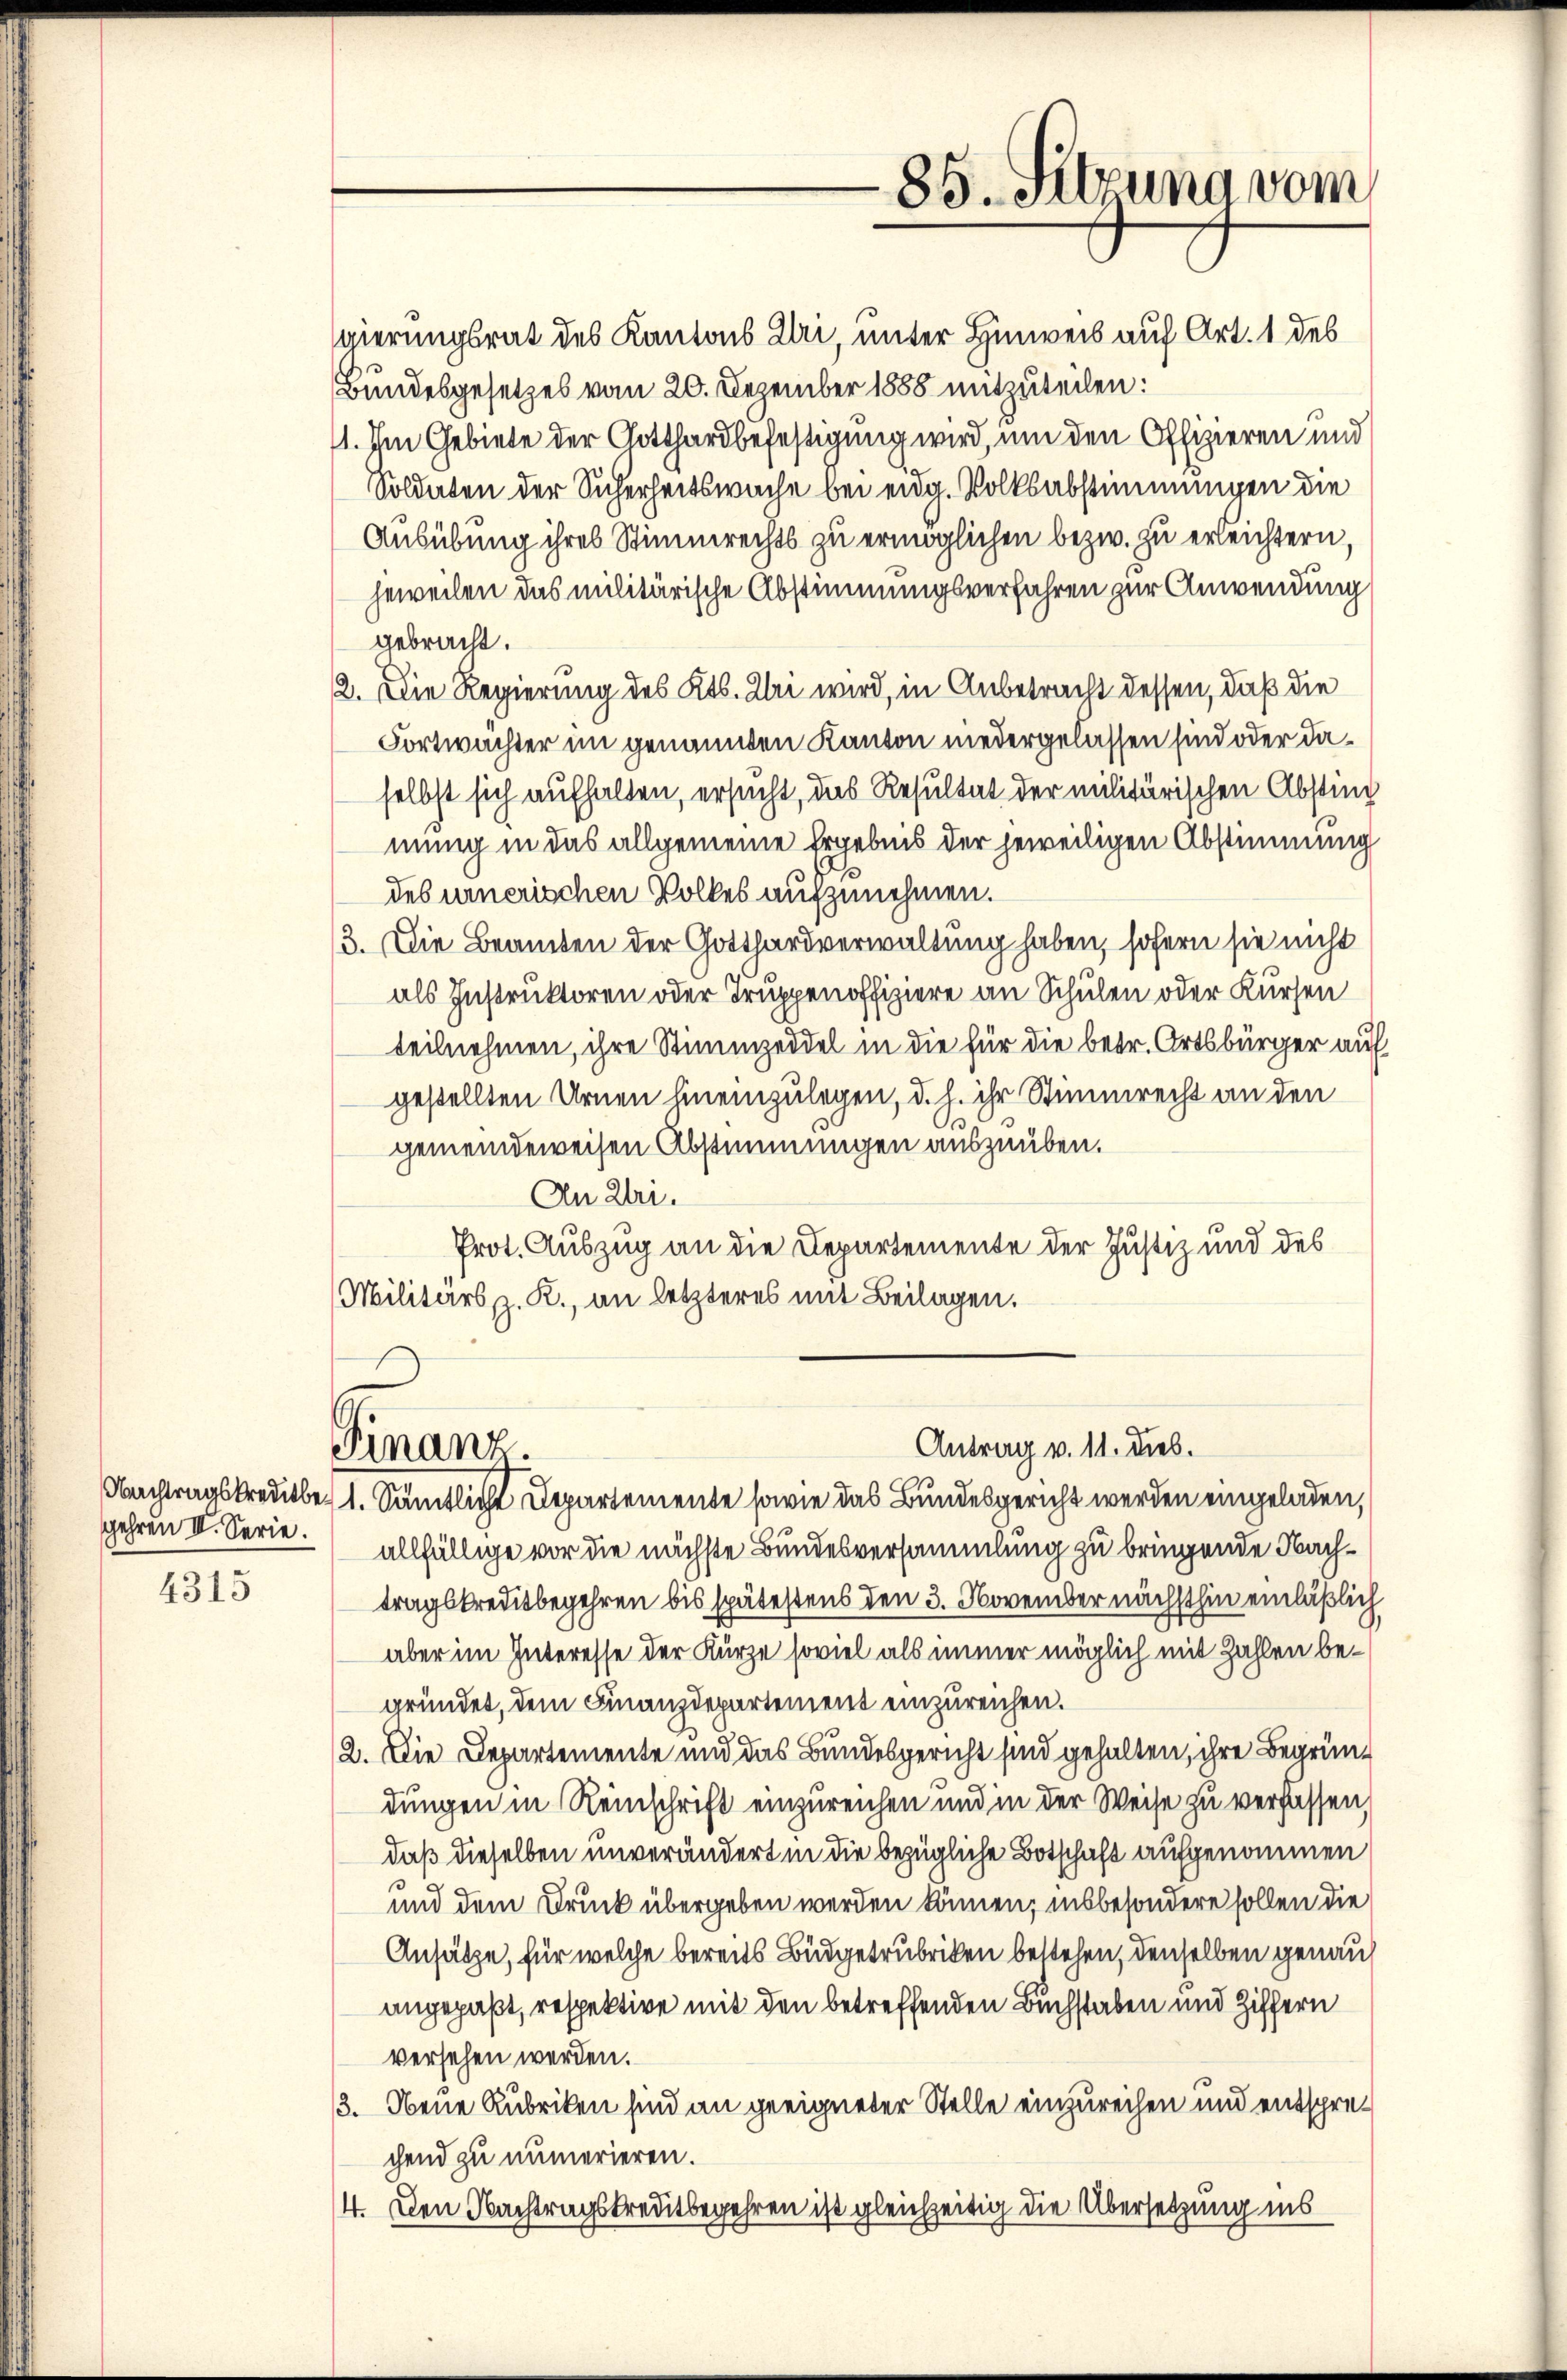
4315

gehren III. Serie.

Finanz.

85. Sitzung vom

gierungsrat des Kantons Uri, unter Hinweis auf Art. 1 des
Bundesgesetzes vom 20. Dezember 1888 mitzuteilen:
1. Im Gebiete der Gotthardbefestigung wird, um den Offizieren und
Soldaten der Sicherheitswache bei eidg. Volksabstimmungen die
Ausübung ihres Stimmrechts zu ermöglichen bezw. zu erleichtern,
jeweilen das militärische Abstimmungsverfahren zur Anwendung
gebracht.
2. Die Regierung des Kts. Uri wird, in Anbetracht dessen, daß die
Fortwächter im genannten Kanton niedergelassen sind oder daselbst sich aufhalten, ersucht, das Resultat der militärischen Absting
mung in das allgemeine Ergebnis der jeweiligen Abstimmung
des unerischen Volkes aufzunehmen.
3. Die Beamten der Gotthardverwaltung haben, sofern sie nicht
als Instruktoren oder Truppenoffiziere an Schulen oder Kürzen
teilnehmen, ihre Stimmzeddel in die für die betr. Ortsbürger auf
gestellten Urnen hineinzulegen, d. h. ihr Stimmrecht an den
gemeindeweisen Abstimmungen auszuüben.
An Uri.
Prot. Auszug an die Departemente der Justiz und des
Militärs z. R., an letzteres mit Beilagen.

Antrag v. 11. Dieb.

Nachtragskreditbe 1. Sämtlicht Departemente sowie das Bundesgericht werden eingeladen,
allfällige vor die nächste Bundesversammlung zu bringende Nachtragskreditbegehren bis spätestens den 3. November nächsthin einläßlich
aber im Interesse der Kürze soviel als immer möglich mit Zahlen begründet, dem Finanzdepartement einzureichen.
2. Die Departemente und das Bundesgericht sind gehalten, ihre Begründungen in Reinschrift einzureichen und in der Weise zu verfassen,
daß dieselben unverändert in die bezügliche Botschaft aufgenommen
und dem Druck übergeben werden können; insbesondere sollen die
Ansätze, für welche bereits Büdgetrubriken bestehen, denselben genau
angepaßt, respektive mit den betreffenden Buchstaben und Ziffern
versehen werden.
3. Neue Rubriken sind an geeigneter Stelle einzureichen und entsprechend zu numerieren.
4. Den Nachtragskreditbegehren ist gleichzeitig die Übersetzung ins